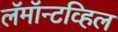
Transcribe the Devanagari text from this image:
लॅमॉन्टव्हिल